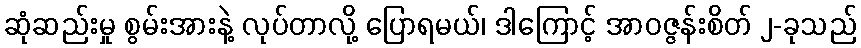
ဆုံဆည်းမှု စွမ်းအားနဲ့ လုပ်တာလို့ ပြောရမယ်၊ ဒါကြောင့် အာဝဇ္ဇန်းစိတ် ၂-ခုသည်